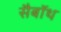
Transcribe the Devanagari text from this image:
सैबॉथ